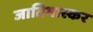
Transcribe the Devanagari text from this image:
जातिभास्कर